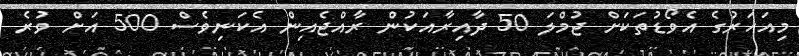
މިއަހަރުގެ އެވޯޑުތަކަށް ޖުމްލަ 50 ދާއިރާއަކުން ރާއްޖެއިން އެކަނިވެސް 500 އަށް ވުރެ